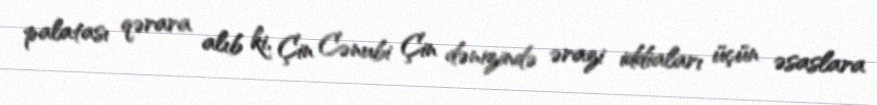
palatası qərara alıb ki, Çin Cənubi Çin dənizində ərazi iddiaları üçün əsaslara